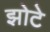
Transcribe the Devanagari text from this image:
झोटे